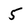
Character: 5